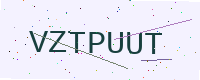
Text: VZTPUUT